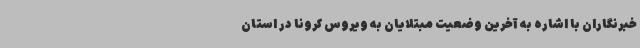
خبرنگاران با اشاره به آخرین وضعیت مبتلایان به ویروس کرونا در استان